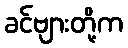
ခင်ဗျားတို့က